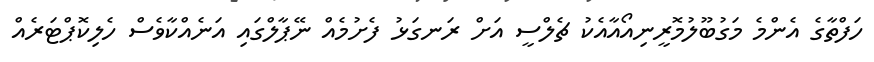
ހަފްތާގެ އެންމެ މަގުބޫލުމޮރީނިއޯއާއެކު ޗެލްސީ އަށް ރަނގަޅު ފެށުމެއް ނޭޕާލްގައި އަނެއްކާވެސް ހެލިކޮޕްޓަރެއް